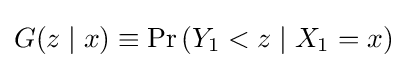
G(z\mid x)\equiv \Pr \left(Y_{1}<z\mid X_{1}=x\right)